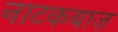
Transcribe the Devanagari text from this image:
नाटकबाज़